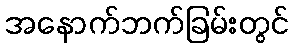
အနောက်ဘက်ခြမ်းတွင်